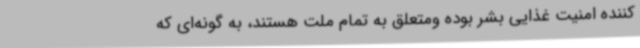
کننده امنیت غذایی بشر بوده ومتعلق به تمام ملت هستند، به گونه‌ای که